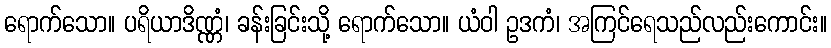
ရောက်သော။ ပရိယာဒိဏ္ဏံ၊ ခန်းခြင်းသို့ ရောက်သော။ ယံဝါ ဥဒကံ၊ အကြင်ရေသည်လည်းကောင်း။